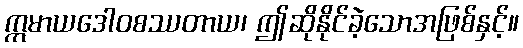
ဣမာယဒေါဝစဿတာယ၊ ဤဆိုနိုင်ခဲ့သောအဖြစ်နှင့်။